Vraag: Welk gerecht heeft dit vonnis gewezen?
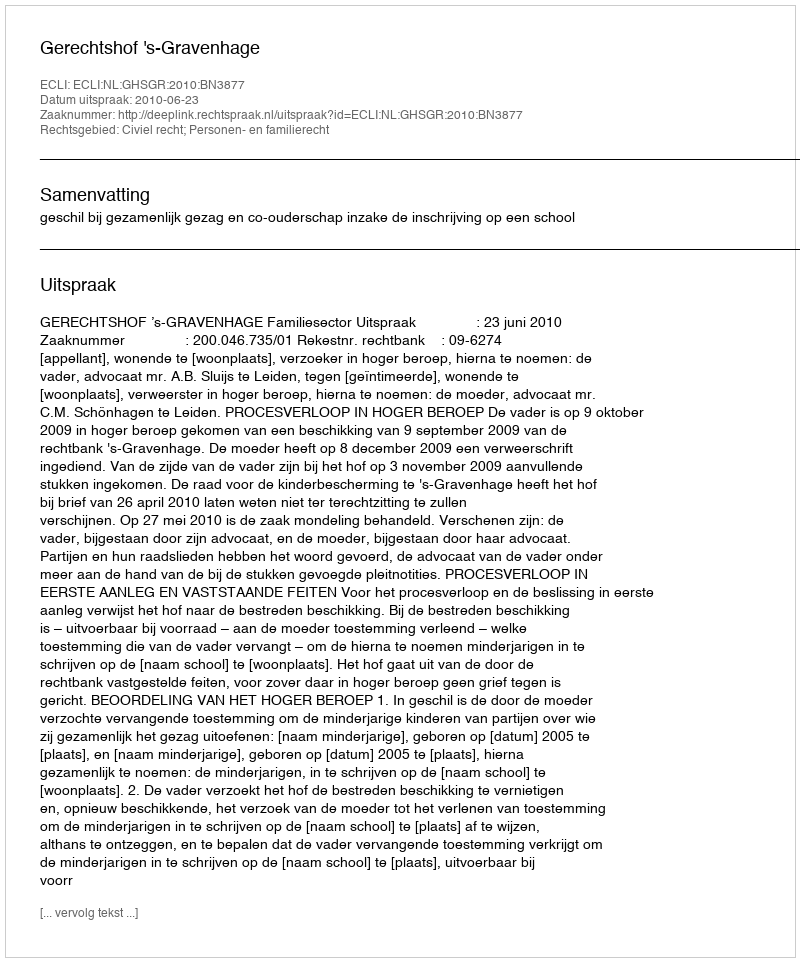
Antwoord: Gerechtshof 's-Gravenhage